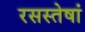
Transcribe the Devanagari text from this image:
रसस्तेषां